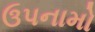
ઉપનામો